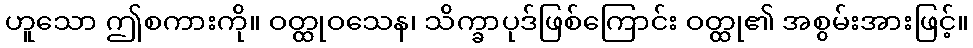
ဟူသော ဤစကားကို။ ဝတ္ထုဝသေန၊ သိက္ခာပုဒ်ဖြစ်ကြောင်း ဝတ္ထု၏ အစွမ်းအားဖြင့်။